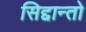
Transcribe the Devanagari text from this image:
सिद्दान्तो